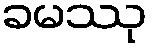
ခမဿု